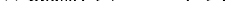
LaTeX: \smash{W_{\mathrm{phase}}^{\varepsilon}(\psi,\boldsymbol{F}^{-T}\nabla\psi)}